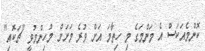
ކޮންމެއަކަސް އެ މަންމަގެ މި ހިތާމަ އަށް ވުރެ މަށަށް މުހިންމުވީ "ޗަކޮއި"